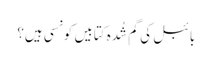
بائبل کی گم شُدہ کتابیں کونسی ہیں؟